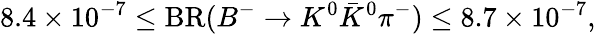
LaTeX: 8.4\times 10^{-7}\le\mathrm{BR}(B^{-}\to K^{0}\bar{K}^{0}\pi^{-})\le 8.7\times 10^{-7},